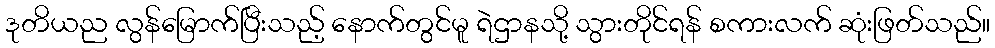
ဒုတိယည လွန်မြောက်ပြီးသည့် နောက်တွင်မူ ရဲဌာနသို့ သွားတိုင်ရန် စကားလက် ဆုံးဖြတ်သည်။